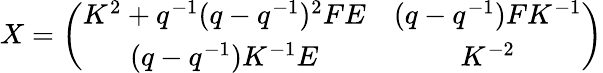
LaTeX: X=\left(\begin{array}{cc}{{K^{2}+q^{-1}(q-q^{-1})^{2}FE}}&{{(q-q^{-1})FK^{-1}}}\\ {{(q-q^{-1})K^{-1}E}}&{{K^{-2}}}\end{array}\right)